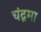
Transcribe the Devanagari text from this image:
चंदृमा